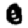
Digit: 0